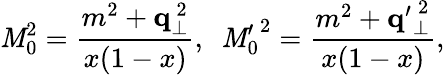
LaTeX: \mathit{M}_{0}^{2}=\frac{{m^{2}+{\mathbf{q}}_{\bot}^{~2}}}{{x(1-x)}},~~{\mathit{M}_{0}^{\prime}}^{2}=\frac{{m^{2}+{\mathbf{q}^{\prime}}_{\bot}^{~2}}}{{x(1-x)}},